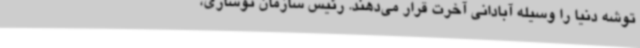
توشه دنیا را وسیله آبادانی آخرت قرار می‌دهند. رئیس سازمان نوسازی،